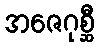
အဇေဂုစ္ဆီ